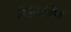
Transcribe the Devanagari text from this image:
निलियोथिक